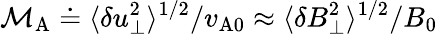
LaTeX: \mathcal{M}_{\mathrm{A}}\doteq\langle\delta u_{\perp}^{2}\rangle^{1/2}/v_{\mathrm{A0}}\approx\langle\delta B_{\perp}^{2}\rangle^{1/2}/B_{0}